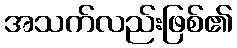
အသက်လည်းဖြစ်၏